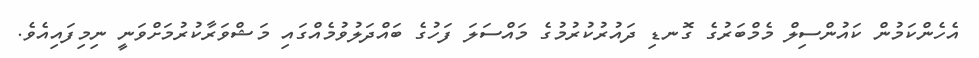
އެހެންކަމުން ކައުންސިލް މެމްބަރުގެ ގޮނޑި ދައުރުކުރުމުގެ މައްސަލަ ފަހުގެ ބައްދަލުވުމެއްގައި މަޝްވަރާކުރުމަށްވަނީ ނިމިފައިއެވެ.